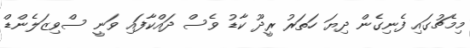
މިމެޗުގައި ފެނިގެން ދިޔަ ހަތަރު ރީދޫ ކާޑު ވެސް ދައްކާފައި ވަނީ ސްވިޒަލެންޑް